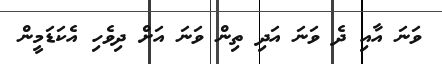
ވަނަ އާއި ދެ ވަނަ އަދި ތިން ވަނަ އަށް ދިވެހި އެކަޑަމީން